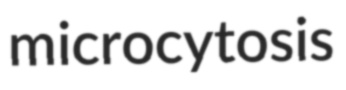
microcytosis